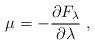
LaTeX: \begin{align*}\mu =-\frac{\partial F_{\lambda}}{\partial \lambda}\;,\end{align*}